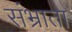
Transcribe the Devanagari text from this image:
संभ्राता